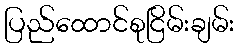
ပြည်ထောင်စုငြိမ်းချမ်း